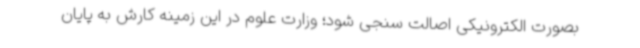
بصورت الکترونیکی اصالت سنجی شود؛ وزارت علوم در این زمینه کارش به پایان